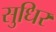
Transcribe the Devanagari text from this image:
सुधिर